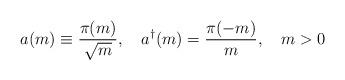
LaTeX: \begin{align*}a(m) \equiv \frac {\pi(m)}{\sqrt{m}},\quad a^{\dag}(m) = \frac {\pi(-m)}{m},\quad m > 0\end{align*}